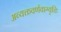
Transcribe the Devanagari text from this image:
अव्यक्तवर्णवाग्वृत्तिः